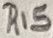
Text: R15